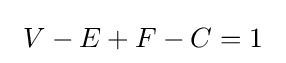
\ V-E+F-C=1~